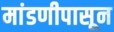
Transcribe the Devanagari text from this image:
मांडणीपासून